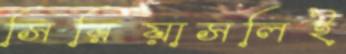
সিরিয়াসলিই